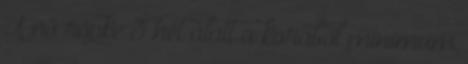
A nő röpke 3 hét alatt a korából minimum